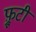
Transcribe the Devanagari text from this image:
फ़्रूटी